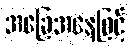
အခြေအနေဖြင့်